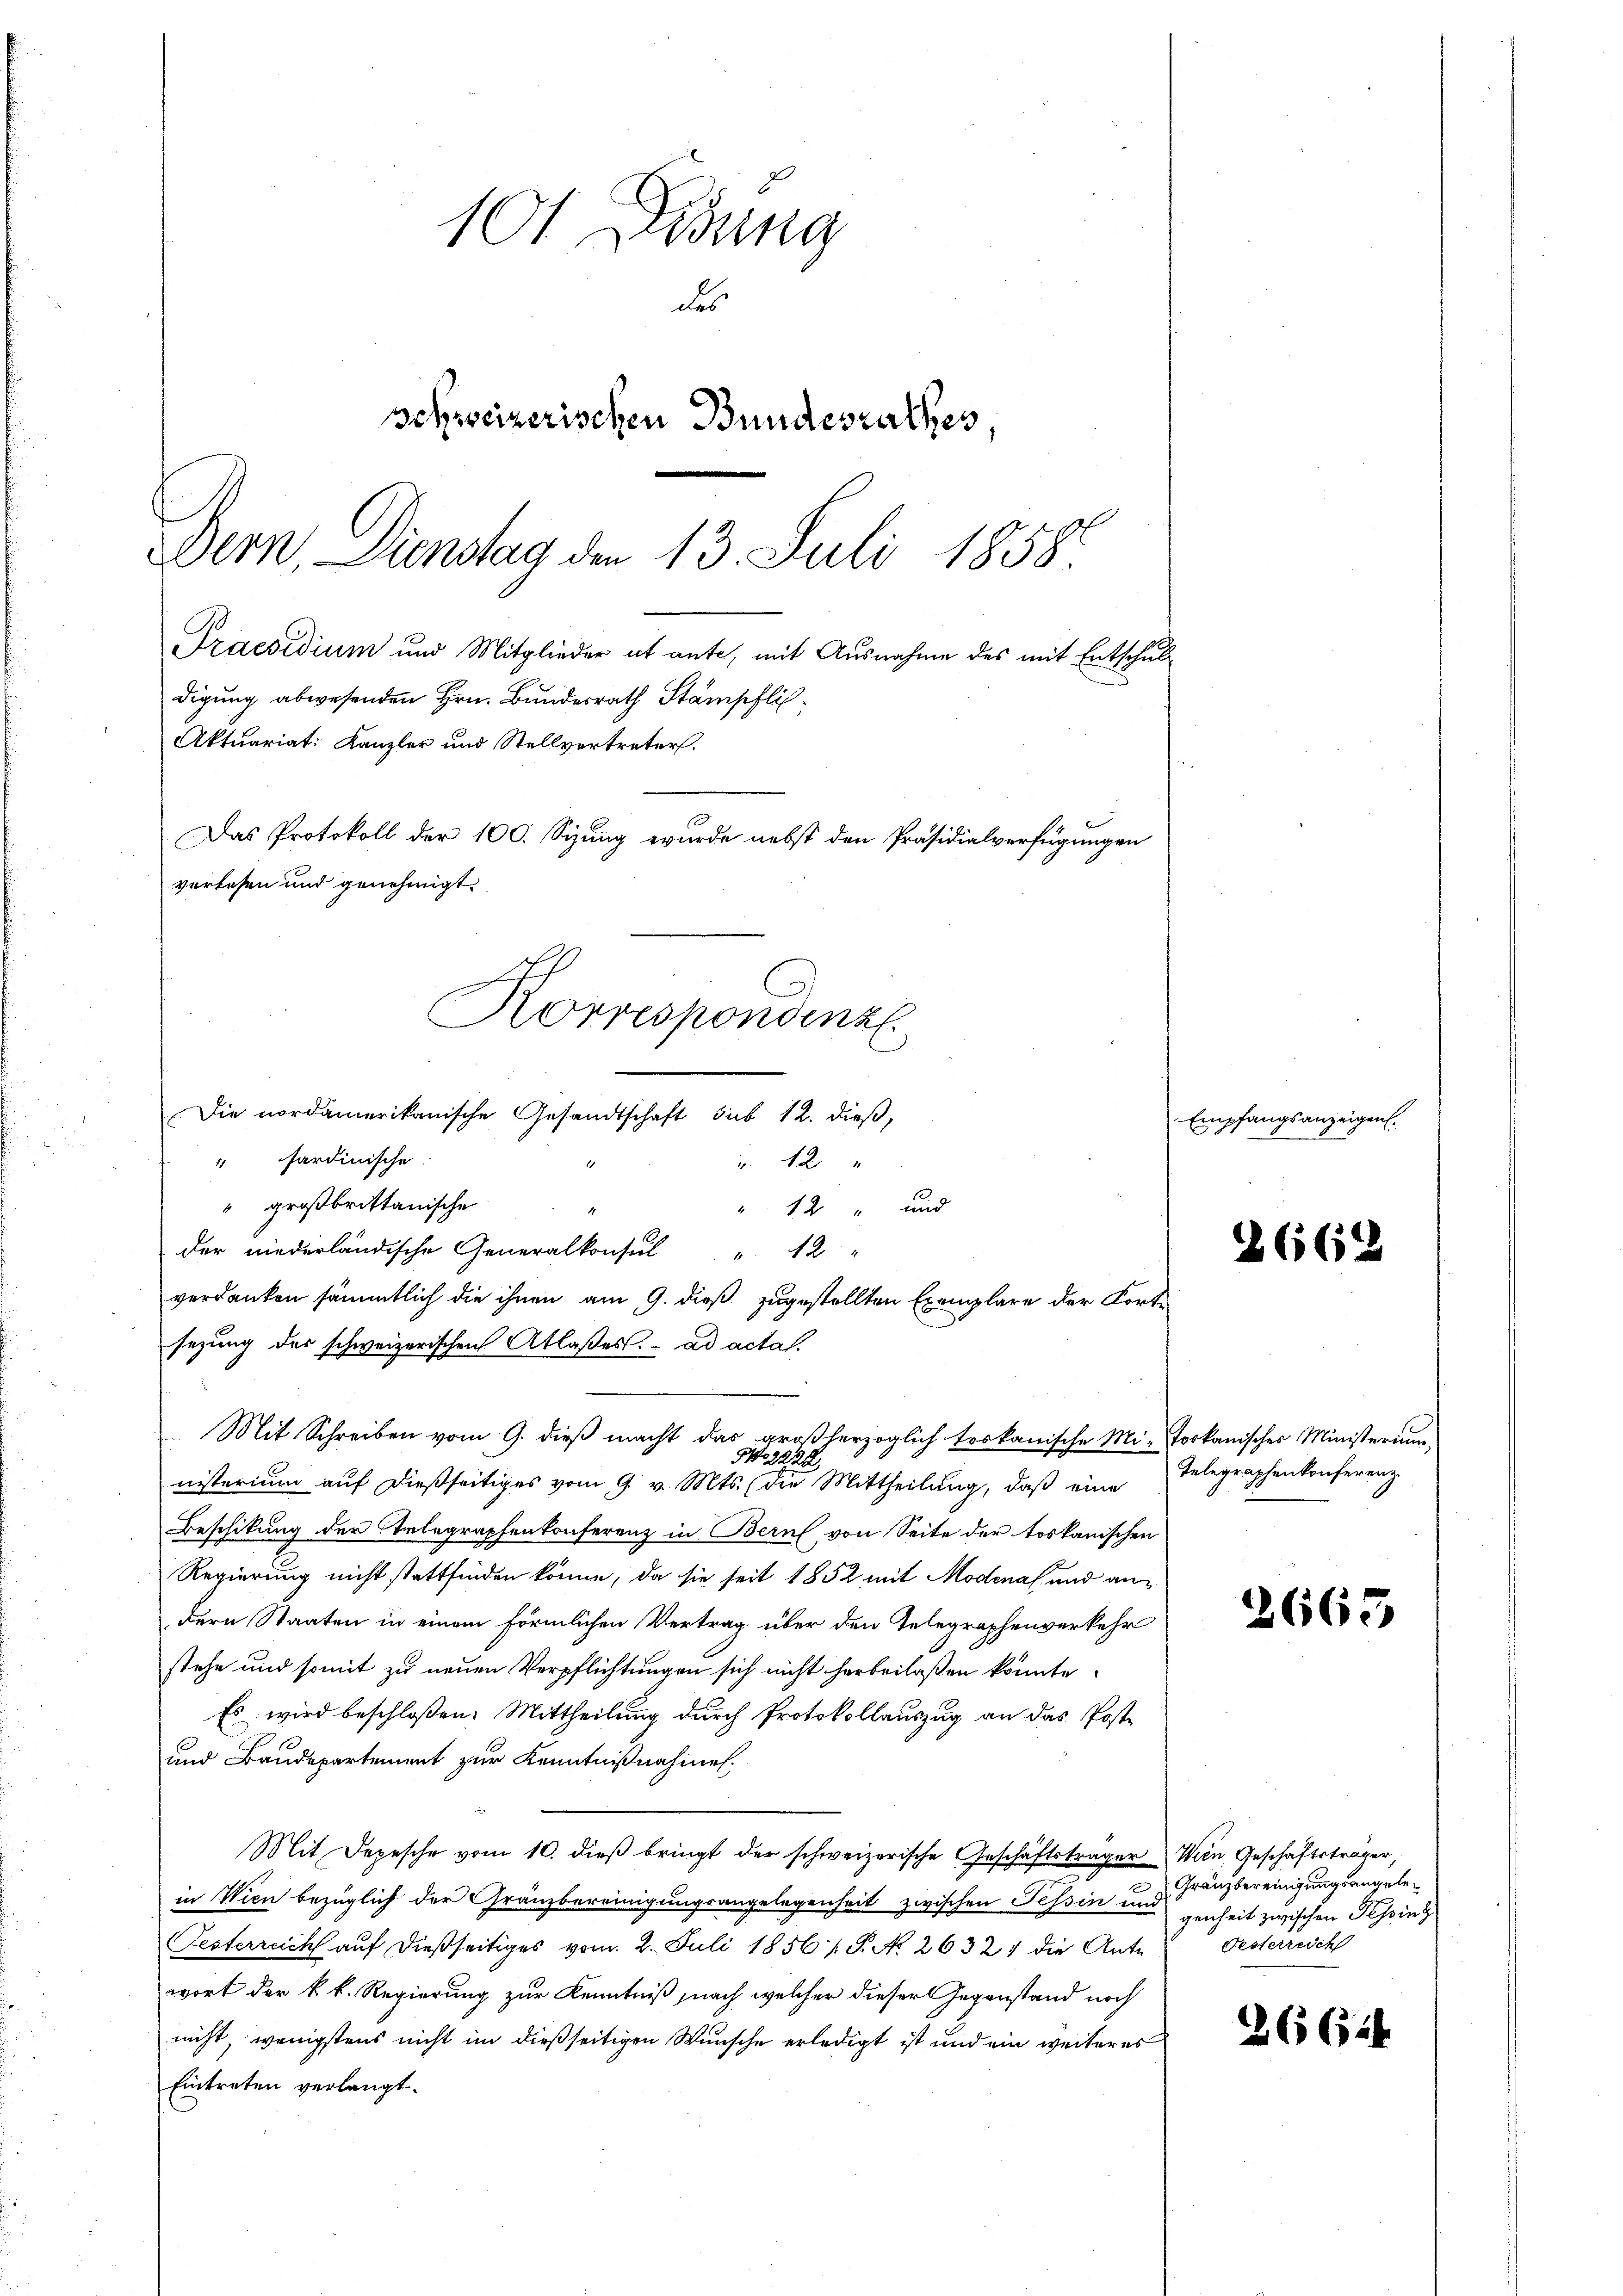
Das Protokoll der 100. Sizung wurde nebst den Präsidialverfügungen
verlesen und genehmigt.
Korrespondenz.

101 Didung
des
schweizerischen Bundesrathes
Dern Dienstag den 13. Juli 1858.
Praesidium und Mitglieder et ante, mit Ausnahme des mit Entschuldigung abwesenden Hrn. Bundesrath Stampfli
Aktuariat: Kanzler und Stellvertreter.

Die nordamerikanische Gesandtschaft sub 12. dieß,
" sardinische
r. 12
" großbrittanische
" 12 " und
der niederländische Generalkonsul " 12. "
verdanken sämmtlich die ihnen am 9. dieß zugestellten Exemplare der Fortsezung des schweizerischen Atlaßes. ad actal.
Mit Schreiben vom 9. dieß macht das großherzoglich toskanische Mi-
No 2228
nisterium auf dießseitiges vom 9. v. Mts. die Mittheilung, daß eine
Beschikung der Stelegraphenkonferenz in Bern von Seite der toskanischen
Regierung nicht stattfinden könne, da sie seit 1852 mit Modena und andern Staaten in einem förmlichen Vertrag über den Telegraphenverkehr
stehe und somit zu neuen Verpflichtungen sich nicht herbeilaßen könnte.
Es wird beschloßen: Mittheilung durch Protokollauszug an das Poste
und Baudepartement zur Kenntnißnahmen.
Mit Depesche vom 10. dieß bringt der schweizerische Geschäftsträger Wien, Geschäftsträger,
in Wien bezüglich der Gränzbereinigungsangelegenheit zwischen Tessin um
Festerreich auf dießseitiges vom 2. Juli 1856 / P. No. 2632) die Ante
wort der k. k. Regierung zur Kenntniß nach welcher dieser Gegenstand noch
nicht, wenigstens nicht im dießseitigen Wunsche erledigt ist und ein weiteres
Eintreten verlangt.

Empfangsanzeigen.

2662

tookanisches Ministerium
Telegraphenkonferenz.

2663

3 Gränzbereinigungsangelegenheit zwischen Pessing
Festerreich

2664